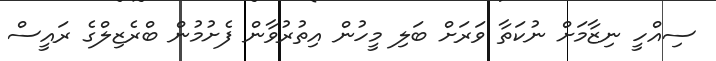
ސިއްހީ ނިޒާމަށް ނުކަތާ ވަރަށް ބަލި މީހުން އިތުރުވާން ފެށުމުން ބްރެޒިލްގެ ރައީސް